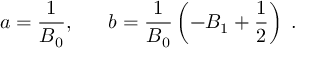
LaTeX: a = \frac { 1 } { B _ { 0 } } , \; \; \; \; \; \; b = \frac { 1 } { B _ { 0 } } \left( - B _ { 1 } + \frac { 1 } { 2 } \right) \; .